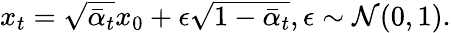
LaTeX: \begin{array}{r}{x_{t}=\sqrt{\bar{\alpha}_{t}}x_{0}+\epsilon\sqrt{1-\bar{\alpha}_{t}},\epsilon\sim\mathcal{N}(0,1).}\end{array}